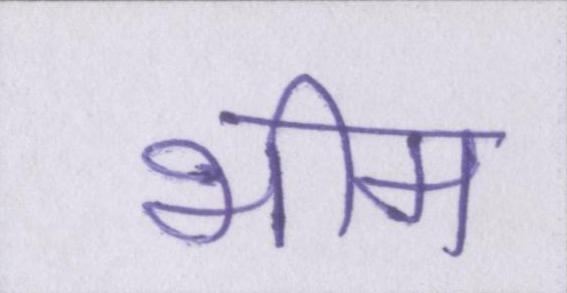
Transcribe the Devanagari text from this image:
भीम